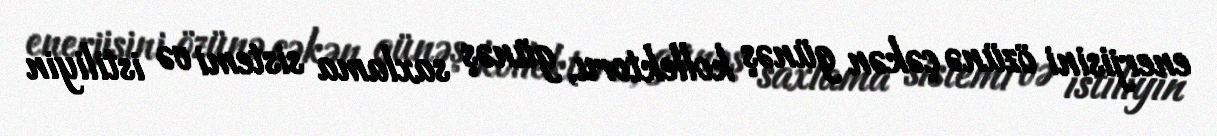
enerjisini özünə çəkən günəş kollektoru, günəş saxlama sistemi və istiliyin